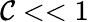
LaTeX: \mathcal{C}<<1